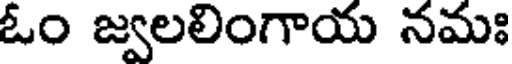
ఓం జ్వలలింగాయ నమః